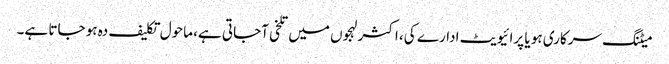
میٹنگ سرکاری ہو یا پرائیویٹ ادارے کی، اکثر لہجوں میں تلخی آجاتی ہے، ماحول تکلیف دہ ہو جاتا ہے۔